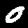
Label: 0